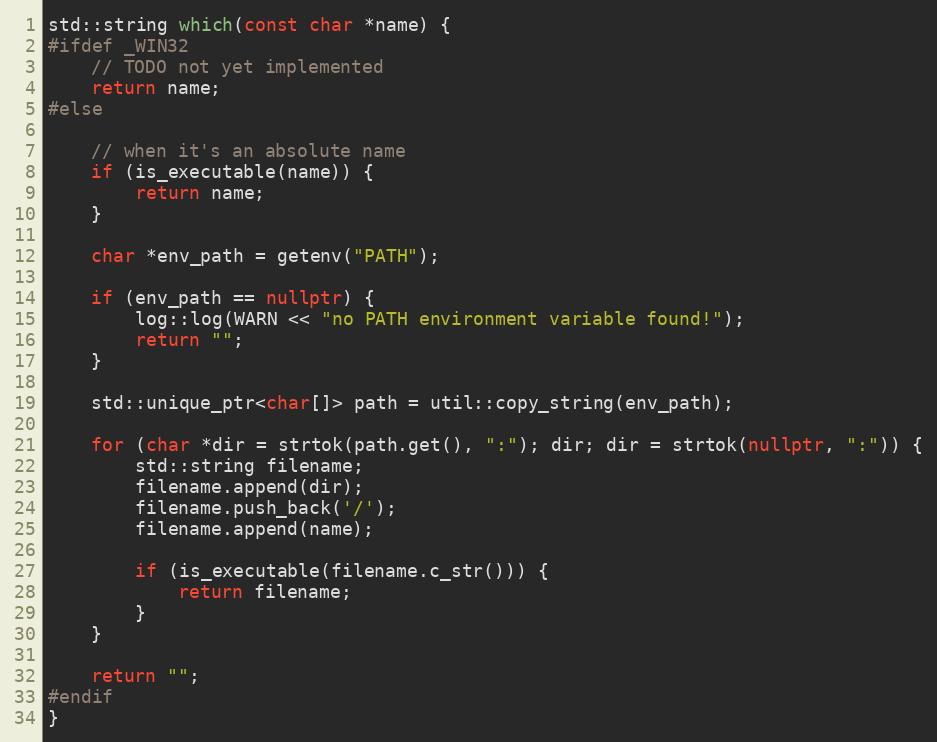
Language: C++
std::string which(const char *name) {
#ifdef _WIN32
	// TODO not yet implemented
	return name;
#else

	// when it's an absolute name
	if (is_executable(name)) {
		return name;
	}

	char *env_path = getenv("PATH");

	if (env_path == nullptr) {
		log::log(WARN << "no PATH environment variable found!");
		return "";
	}

	std::unique_ptr<char[]> path = util::copy_string(env_path);

	for (char *dir = strtok(path.get(), ":"); dir; dir = strtok(nullptr, ":")) {
		std::string filename;
		filename.append(dir);
		filename.push_back('/');
		filename.append(name);

		if (is_executable(filename.c_str())) {
			return filename;
		}
	}

	return "";
#endif
}